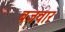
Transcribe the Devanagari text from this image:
बजवार